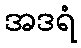
အဒရံ